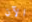
الآن